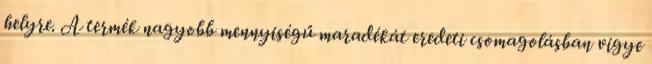
helyre. A termék nagyobb mennyiségű maradékát eredeti csomagolásban vigye